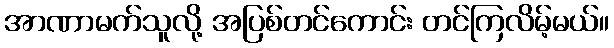
အာဏာမက်သူလို့ အပြစ်တင်ကောင်း တင်ကြလိမ့်မယ်။